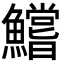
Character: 鱨